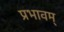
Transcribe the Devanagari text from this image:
प्रभावम्